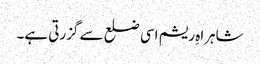
شاہراہِ ریشم اسی ضلع سے گزرتی ہے۔